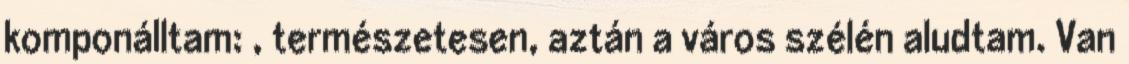
komponálltam: , természetesen, aztán a város szélén aludtam. Van